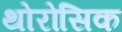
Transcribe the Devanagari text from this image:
थोरोसिक